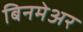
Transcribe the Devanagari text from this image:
बिनमेअर